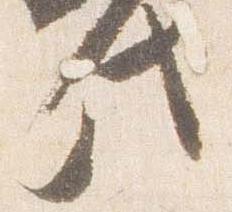
此